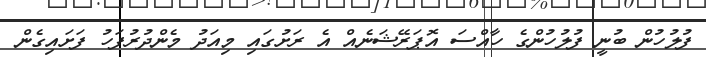
ފުލުހުން ބުނީ ފުލުހުންގެ ހާއްސަ އޮޕަރޭޝަނެއް އެ ރަށުގައި މިއަދު މެންދުރުފަހު ފަށައިގެން